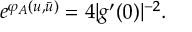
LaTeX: e ^ { \varphi _ { A } ( u , \bar { u } ) } = 4 | g ^ { \prime } ( 0 ) | ^ { - 2 } .